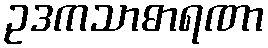
ဥဒကသာဓာရဏာ